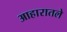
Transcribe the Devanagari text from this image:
आहारातले